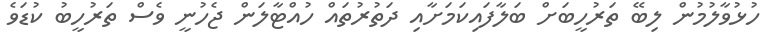
ހުޅުވާލުމުން ލިބޭ ތަރުހީބަށް ބަލާފައިކަމަށާއި ދަތުރުތައް ހުއްޓާލަން ޖެހުނީ ވެސް ތަރުހީބު ކުޑަވެ